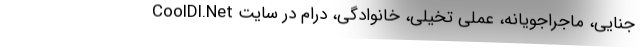
جنایی، ماجراجویانه، عملی تخیلی، خانوادگی، درام در سایت CoolDl.Net